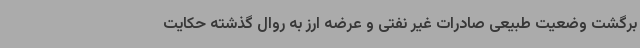
برگشت وضعیت طبیعی صادرات غیر نفتی و عرضه ارز به روال گذشته حکایت